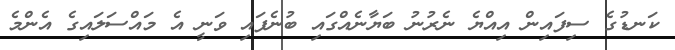
ކަނޑުގެ ސިފައިން އިއްޔެ ނެރުނު ބަޔާނެއްގައި ބުނެފައި ވަނީ އެ މައްސަލައިގެ އެންމެ